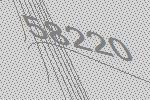
58220